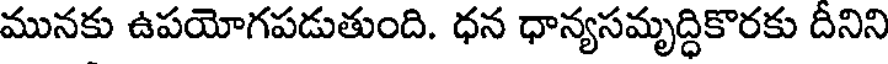
మునకు ఉపయోగపడుతుంది. ధన ధాన్యసమృద్ధికొరకు దీనిని